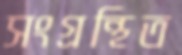
সংগ্রন্থিত